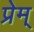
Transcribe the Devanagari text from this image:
प्रेम्